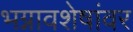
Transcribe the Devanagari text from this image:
भग्नावशेषांवर